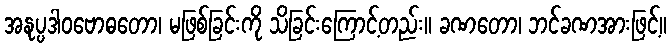
အနုပ္ပဒါဝဗောဓတော၊ မဖြစ်ခြင်းကို သိခြင်းကြောင့်တည်း။ ခဏတော၊ ဘင်ခဏအားဖြင့်။